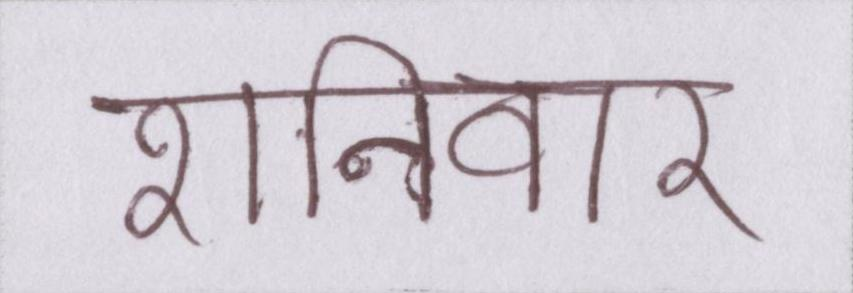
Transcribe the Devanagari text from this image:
शनिवार